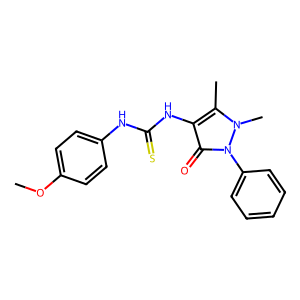
SMILES: COc1ccc(NC(=S)Nc2c(C)n(C)n(-c3ccccc3)c2=O)cc1
Inhibits HIV replication: No